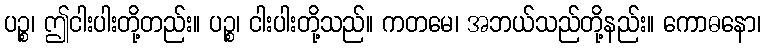
ပဉ္စ၊ ဤငါးပါးတို့တည်း။ ပဉ္စ၊ ငါးပါးတို့သည်။ ကတမေ၊ အဘယ်သည်တို့နည်း။ ကောဓနော၊